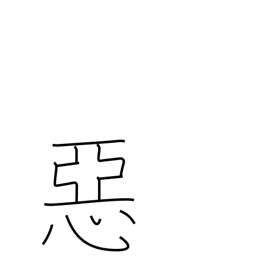
Meaning: evil